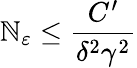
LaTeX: \mathbb{N}_{\varepsilon}\leq\frac{{C^{\prime}}}{{\delta^{2}\gamma^{2}}}